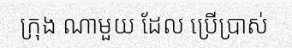
ក្រុង ណាមួយ ដែល ប្រើប្រាស់